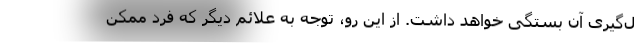
ل‌گیری آن بستگی خواهد داشت. از این رو، توجه به علائم دیگر که فرد ممکن